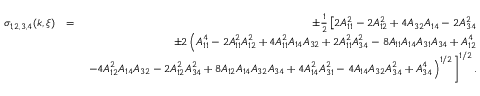
\begin{array} { r l r } { \sigma _ { 1 , 2 , 3 , 4 } ( k , \xi ) } & { = } & { \pm \frac { 1 } { 2 } \left[ 2 A _ { 1 1 } ^ { 2 } - 2 A _ { 1 2 } ^ { 2 } + 4 A _ { 3 2 } A _ { 1 4 } - 2 A _ { 3 4 } ^ { 2 } \right. } \\ & { } & { \pm 2 \left( A _ { 1 1 } ^ { 4 } - 2 A _ { 1 1 } ^ { 2 } A _ { 1 2 } ^ { 2 } + 4 A _ { 1 1 } ^ { 2 } A _ { 1 4 } A _ { 3 2 } + 2 A _ { 1 1 } ^ { 2 } A _ { 3 4 } ^ { 2 } - 8 A _ { 1 1 } A _ { 1 4 } A _ { 3 1 } A _ { 3 4 } + A _ { 1 2 } ^ { 4 } \right. } \\ & { } & { \left. \left. - 4 A _ { 1 2 } ^ { 2 } A _ { 1 4 } A _ { 3 2 } - 2 A _ { 1 2 } ^ { 2 } A _ { 3 4 } ^ { 2 } + 8 A _ { 1 2 } A _ { 1 4 } A _ { 3 2 } A _ { 3 4 } + 4 A _ { 1 4 } ^ { 2 } A _ { 3 1 } ^ { 2 } - 4 A _ { 1 4 } A _ { 3 2 } A _ { 3 4 } ^ { 2 } + A _ { 3 4 } ^ { 4 } \right) ^ { 1 / 2 } \right] ^ { 1 / 2 } . } \end{array}